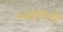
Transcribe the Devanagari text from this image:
५३३मध्ये